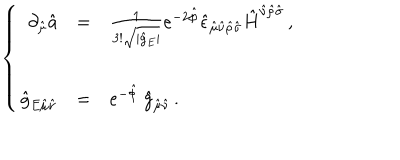
\left\{ \begin{array} { r c l } { { \partial _ { \hat { \mu } } \hat { a } } } & { { = } } & { { \frac { 1 } { 3 ! \sqrt { | \hat { g } _ { E } | } } e ^ { - 2 \hat { \phi } } \hat { \epsilon } _ { \hat { \mu } \hat { \nu } \hat { \rho } \hat { \sigma } } \hat { H } ^ { \hat { \nu } \hat { \rho } \hat { \sigma } } \, , } } \\ { { } } & { { } } & { { } } \\ { { \hat { g } _ { E \hat { \mu } \hat { \nu } } } } & { { = } } & { { e ^ { - \hat { \phi } } \ \hat { g } _ { \hat { \mu } \hat { \nu } } \, . } } \\ \end{array} \right.